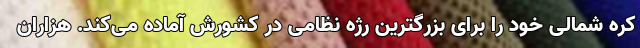
کره شمالی خود را برای بزرگترین رژه نظامی در کشورش آماده می‌کند. هزاران